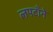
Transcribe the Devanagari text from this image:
लपटाँने